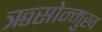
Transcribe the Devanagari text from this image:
ऋसोन्मुख